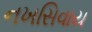
નખસિવાય